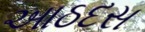
આઠદસ